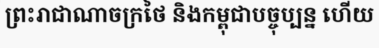
ព្រះរាជាណាចក្រថៃ និងកម្ពុជាបច្ចុប្បន្ន ហើយ